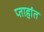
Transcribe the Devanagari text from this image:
प्ताहांत